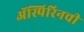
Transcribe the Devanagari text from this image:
ॲस्पिरिनची